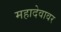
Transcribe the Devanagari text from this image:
महादेवावर